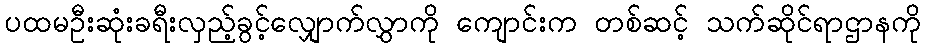
ပထမဦးဆုံးခရီးလှည့်ခွင့်လျှောက်လွှာကို ကျောင်းက တစ်ဆင့် သက်ဆိုင်ရာဌာနကို